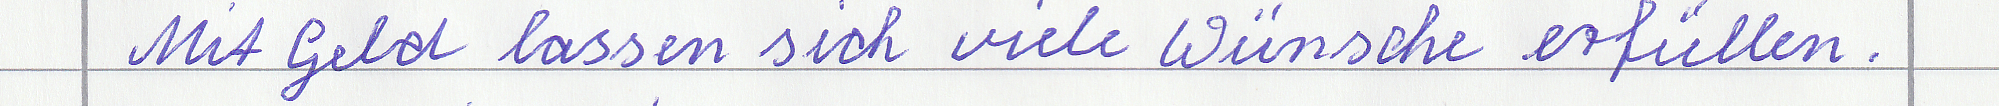
Mit Geld lassen sich viele Wünsche erfüllen.